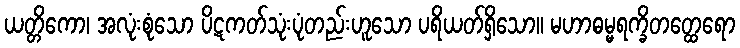
ယတ္တိကော၊ အလုံးစုံသော ပိဋကတ်သုံးပုံတည်းဟူသော ပရိယတ်ရှိသော။ မဟာဓမ္မရက္ခိတတ္ထေရော